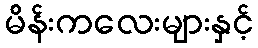
မိန်းကလေးများနှင့်